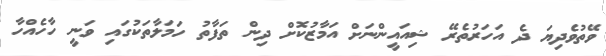
ވޭތުވެދިޔަ ދެ އަހަރުތެރޭ ޝިއައީންނަށް އަމާޒުކޮށް ދިން ތަފާތު ހަަމަލާތަކުގައި ވަނީ ހާހެއްހާ